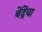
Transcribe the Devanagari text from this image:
बेंद्रेंचा